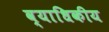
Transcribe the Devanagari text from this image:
व्याधिकीय